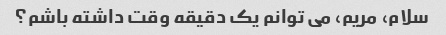
سلام، مریم، می توانم یک دقیقه وقت داشته باشم؟